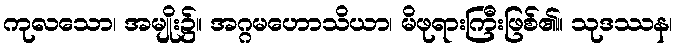
ကုလသော၊ အမျိုး၌။ အဂ္ဂမဟောသိယာ၊ မိဖုရားကြီးဖြစ်၏။ သုဒဿန၊